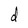
Character: d